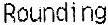
ROUNDING